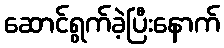
ဆောင်ရွက်ခဲ့ပြီးနောက်